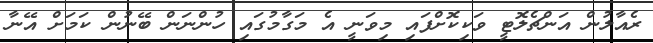
ރެއާލުން އަންޗެލޮޓީ ވަކިކޮށްފައި މިވަނީ އެ މަގާމުގައި ހުންނަން ބޭނުން ކަމަށް އޭނާ